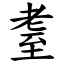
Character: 耋